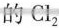
的Cl_{2}